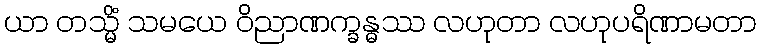
ယာ တသ္မိံ သမယေ ဝိညာဏက္ခန္ဓဿ လဟုတာ လဟုပရိဏာမတာ